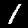
Label: 1